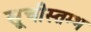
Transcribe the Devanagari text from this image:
सूचीस्तम्भ